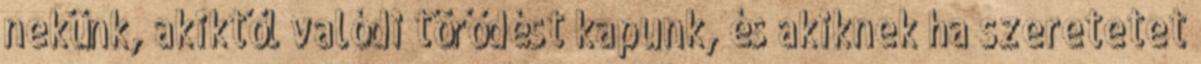
nekünk, akiktől valódi törődést kapunk, és akiknek ha szeretetet